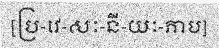
[ប្រ-វេ-សៈ-នី-យៈ-ភាប]